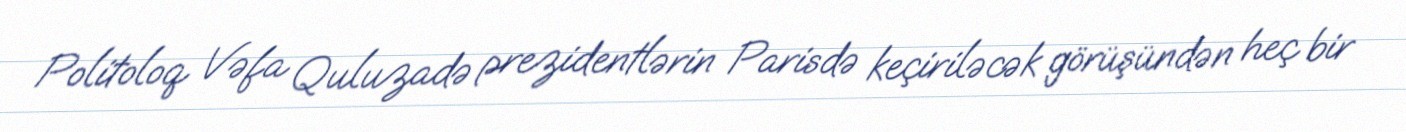
Politoloq Vəfa Quluzadə prezidentlərin Parisdə keçiriləcək görüşündən heç bir